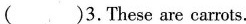
( )3.These are carrots.